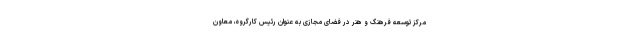
مرکز توسعه فرهنگ و هنر در فضای مجازی به عنوان رئیس کارگروه، معاون